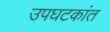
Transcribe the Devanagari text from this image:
उपघटकांत